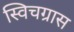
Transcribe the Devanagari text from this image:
स्विचग्रास